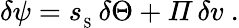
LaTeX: \delta\psi={s_{_\mathrm{S}}}\, \delta\Theta+{\mit\Pi}\, \delta v\ .